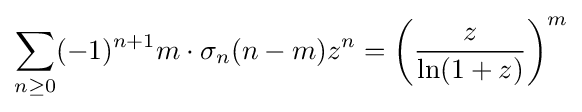
\sum _{n\geq 0}(-1)^{n+1}m\cdot \sigma _{n}(n-m)z^{n}=\left({\frac {z}{\ln(1+z)}}\right)^{m}